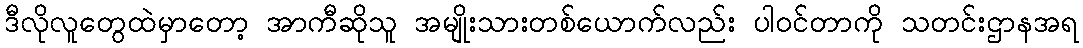
ဒီလိုလူတွေထဲမှာတော့ အာကီဆိုသူ အမျိုးသားတစ်ယောက်လည်း ပါဝင်တာကို သတင်းဌာနအရ